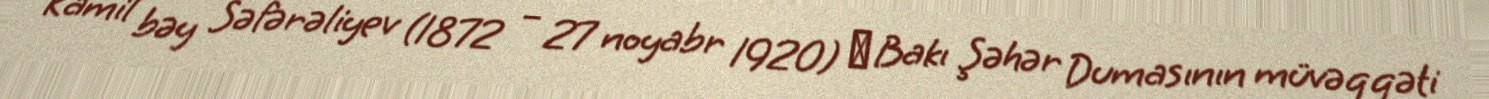
Kamil bəy Səfərəliyev (1872 – 27 noyabr 1920) ― Bakı Şəhər Dumasının müvəqqəti